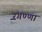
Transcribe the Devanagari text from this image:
रंगण्णा